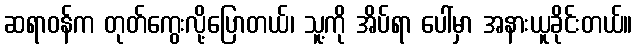
ဆရာဝန်က တုတ်ကွေးလို့ပြောတယ်၊ သူ့ကို အိပ်ရာ ပေါ်မှာ အနားယူခိုင်းတယ်။